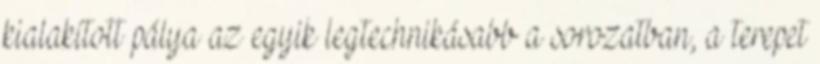
kialakított pálya az egyik legtechnikásabb a sorozatban, a terepet